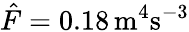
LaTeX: \hat{F}=0.18\, \mathrm{m}^{4}\mathrm{s}^{-3}